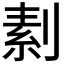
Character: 𠞓